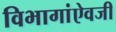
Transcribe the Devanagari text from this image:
विभागांऐवजी